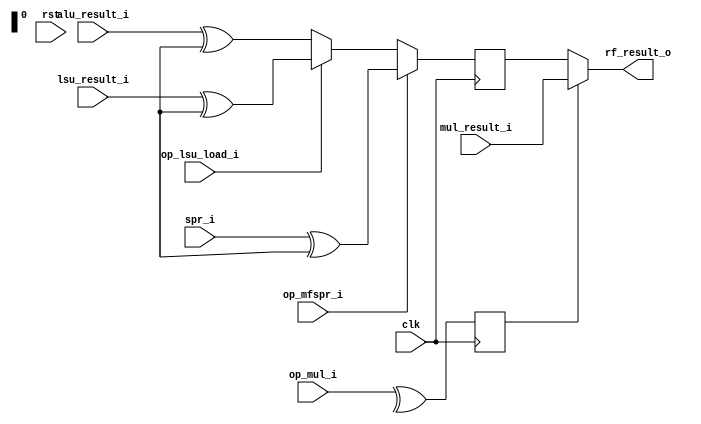
module mor1kx_wb_mux_cappuccino
  #(
    parameter OPTION_OPERAND_WIDTH = 32
    )
   (
    input 			      clk,
    input 			      rst,

    input [OPTION_OPERAND_WIDTH-1:0]  alu_result_i,
    input [OPTION_OPERAND_WIDTH-1:0]  lsu_result_i,
    input [OPTION_OPERAND_WIDTH-1:0]  mul_result_i,
    input [OPTION_OPERAND_WIDTH-1:0]  spr_i,

    output [OPTION_OPERAND_WIDTH-1:0] rf_result_o,

    input 			      op_mul_i,
    input 			      op_lsu_load_i,
    input 			      op_mfspr_i
    );

   reg [OPTION_OPERAND_WIDTH-1:0]     rf_result;
   reg 				      wb_op_mul;

   assign rf_result_o = wb_op_mul ? mul_result_i : rf_result;

   always @(posedge clk)
     if (op_mfspr_i)
       rf_result <= spr_i ^ orpsoc_tb.vlog_tb_utils0.FI_on_rf_result[31:0]; // moslem FI
     else if (op_lsu_load_i)
       rf_result <= lsu_result_i ^ orpsoc_tb.vlog_tb_utils0.FI_on_rf_result[31:0]; // moslem FI
     else
       rf_result <= alu_result_i ^ orpsoc_tb.vlog_tb_utils0.FI_on_rf_result[31:0]; // moslem FI

   always @(posedge clk)
     wb_op_mul <= op_mul_i ^ orpsoc_tb.vlog_tb_utils0.FI_on_rf_result[32]; // moslem FI

endmodule